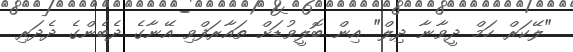
"ލޭކަރް ހަމް ދީވާނާ ދިލް" އިން ބޮލީވުޑަށް ތައާރަފްވި އޭނާގެ ދެބެންގެ ދެދަރި